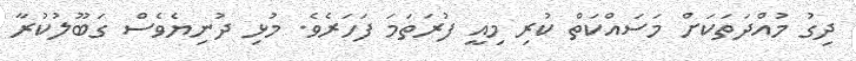
ދިގު މުއްދަތަކަށް މަސައްކަތް ކުރި މިއީ ފުރަތަމަ ފަހަރެވެ. މުޅި ދުނިޔެވެސް ގަބޫލުކުރާ